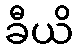
ခီယိ